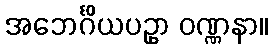
အဘေင်္ဂိယပဥှာ ဝဏ္ဏနာ။